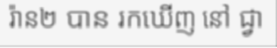
រ៉ាន២ បាន រកឃើញ នៅ ជ្វា